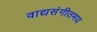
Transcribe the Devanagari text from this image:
वाद्यसंगीतमय